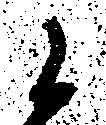
候